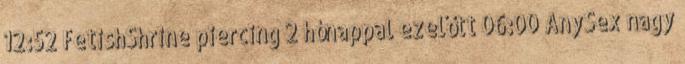
12:52 FetishShrine piercing 2 hónappal ezelőtt 06:00 AnySex nagy